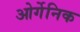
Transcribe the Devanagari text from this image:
ओर्गेनिक